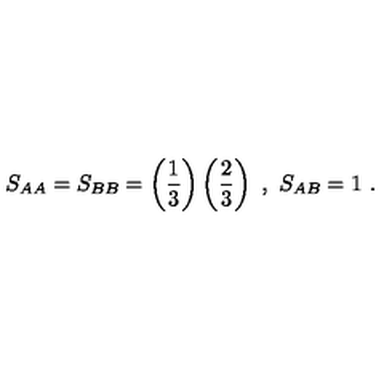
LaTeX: S _ { A A } = S _ { B B } = \left( \frac { 1 } { 3 } \right) \left( \frac { 2 } { 3 } \right) \ , \ S _ { A B } = 1 \ .